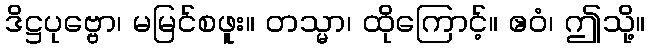
ဒိဋ္ဌပုဗ္ဗော၊ မမြင်စဖူး။ တသ္မာ၊ ထိုကြောင့်။ ဧဝံ၊ ဤသို့။